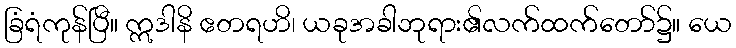
ခြံရံကုန်ပြီ။ ဣဒါနိ ဧတရဟိ၊ ယခုအခါဘုရား၏လက်ထက်တော်၌။ ယေ